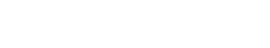
သုံးသပ်ပြောကြားထားပါတယ်။